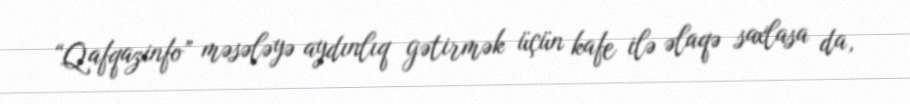
“Qafqazinfo” məsələyə aydınlıq gətirmək üçün kafe ilə əlaqə saxlasa da,